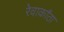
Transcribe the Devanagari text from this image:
रेवाकाँठा